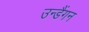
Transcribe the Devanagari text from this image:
उन्डैंगन